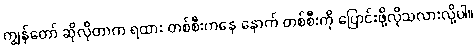
ကျွန်တော် ဆိုလိုတာက ရထား တစ်စီးကနေ နောက် တစ်စီးကို ပြောင်းဖို့လိုသလားလို့ပါ။